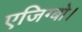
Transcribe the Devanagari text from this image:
एजिग्बो।